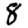
Digit: 8